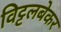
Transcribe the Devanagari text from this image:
विट्टलबेकर